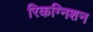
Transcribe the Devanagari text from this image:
रिकग्निशन